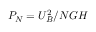
P _ { N } = { U } _ { B } ^ { 2 } / N G H